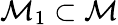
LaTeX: \mathcal{M}_{1}\subset\mathcal{M}